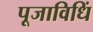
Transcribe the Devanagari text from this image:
पूजाविधिं